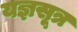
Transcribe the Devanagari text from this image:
यज्ञसूत्र